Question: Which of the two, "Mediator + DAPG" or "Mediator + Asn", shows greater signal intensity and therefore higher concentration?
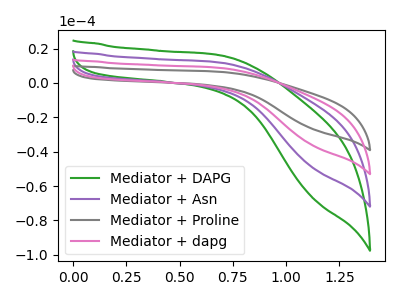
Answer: <think>The green curve "Mediator + DAPG" has no peaks. The purple curve "Mediator + Asn" has no peaks. The gray curve "Mediator + Proline" has no peaks. The pink curve "Mediator + dapg" has no peaks.
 Neither "Mediator + DAPG" or "Mediator + Asn" have any peaks.</think>
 <answer>I cant tell if "Mediator + DAPG" or "Mediator + Asn" has higher concentration.</answer>
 <eval>mixed_concentration</eval>